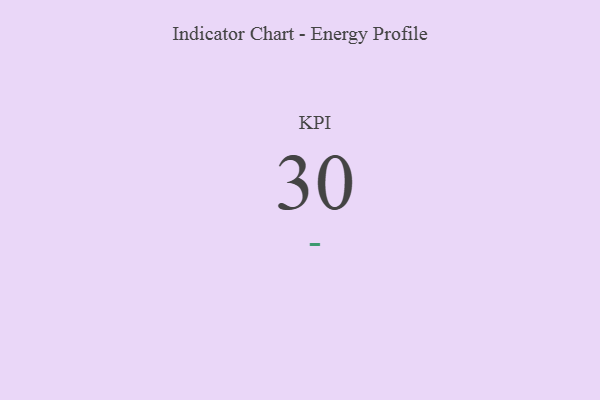
{"axis": {"x": "KPI", "y": "Value"}, "legend": [""], "data": [{"x": "KPI", "y": 30, "type": ""}]}